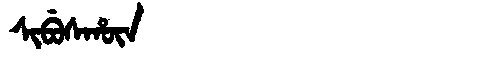
Manchu: ᠰᡳᠪᡠᠰᡥᡡᠨ
Romanization: SIBUSHŪN